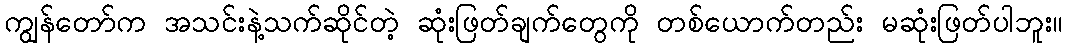
ကျွန်တော်က အသင်းနဲ့သက်ဆိုင်တဲ့ ဆုံးဖြတ်ချက်တွေကို တစ်ယောက်တည်း မဆုံးဖြတ်ပါဘူး။